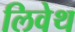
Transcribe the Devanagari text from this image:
लिवेथ